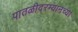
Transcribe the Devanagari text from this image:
पातळीदरम्यानच्या